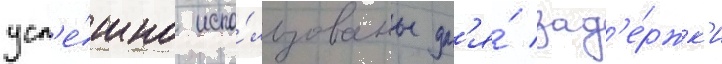
усп'е́шно испо́льзованы дл'я́ зад'е́ржк'и